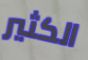
الكثير